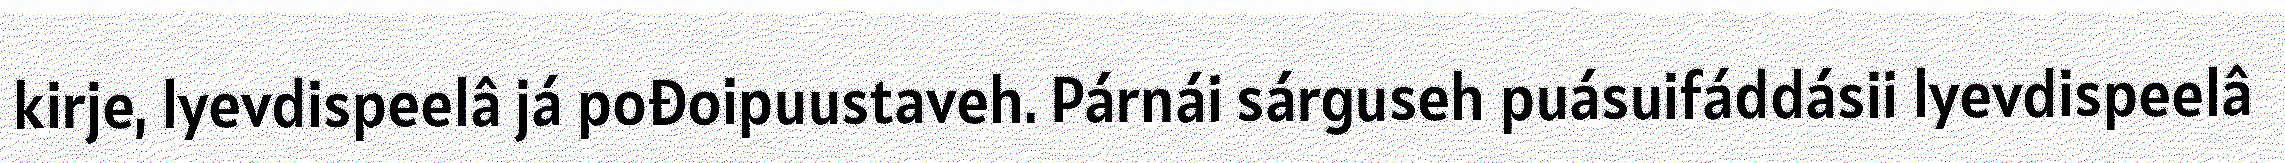
kirje, lyevdispeelâ já pođoipuustaveh. Párnái sárguseh puásuifáddásii lyevdispeelâ